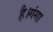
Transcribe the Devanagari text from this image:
है।गंगा